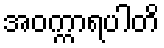
အဝက္ကာရပါတိ